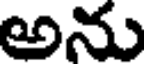
అను